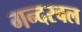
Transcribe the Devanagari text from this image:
गन्दरबल